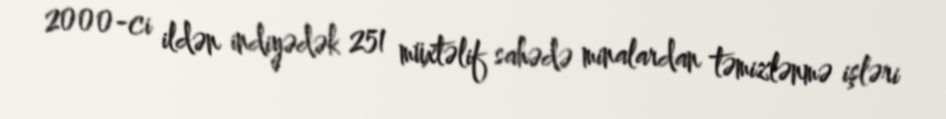
2000-ci ildən indiyədək 251 müxtəlif sahədə minalardan təmizlənmə işləri